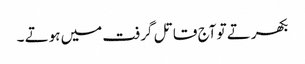
بکھرتے تو آج قاتل گرفت میں ہوتے ۔